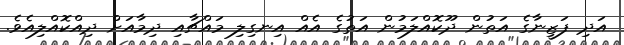
އަދި ފަޒީނާގެ އަތުން ދޫކޮއްލަމުން އަތުގެ އެއް އިނގިލި މައްޗާއި ދިމާއަށް ދިއްކޮއްލިއެވެ.